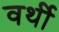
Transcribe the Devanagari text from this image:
वर्थी